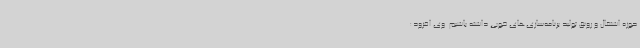
حوزه اشتغال و رونق تولید برنامه‌سازی‌های خوبی داشته باشیم. وی افزود: